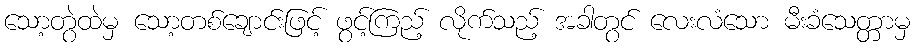
သော့တွဲထဲမှ သော့တစ်ချောင်းဖြင့် ဖွင့်ကြည့် လိုက်သည့် အခါတွင် လေးလံသော မီးခံသေတ္တာမှ